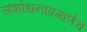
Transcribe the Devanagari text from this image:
संशोधनाप्रमाणेच